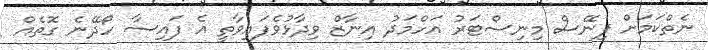
ނެތްކަމަށް ފިނޭސް މިނިސްޓަރު އަހްމަދު އިނާޒް ވިދާޅުވެފައިވާތީ އެ ފައިސާ ހޯދޭނެ ގޮތެއް